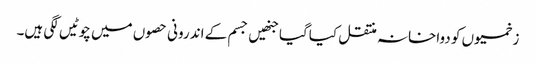
زخمیوں کو دواخانہ منتقل کیاگیا جنھیں جسم کے اندرونی حصوں میں چوٹیں لگی ہیں۔